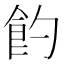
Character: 𩚈